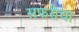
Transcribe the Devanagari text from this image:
सफरीचा